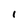
Character: l